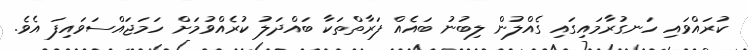
ކުރައްވައި ހަނގުރާމައިގައި ގެއްލުން ލިބުނު ބައެއް ފަރާތްތަކާ ބައްދަލު ކުރެއްވުމަށް ހަމަޖައްސަވައިފަ އެވެ.